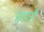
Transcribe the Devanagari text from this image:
चहती